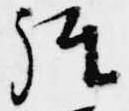
経